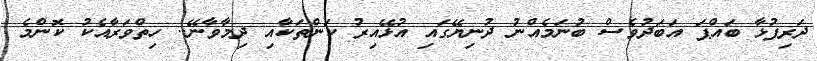
ދަރިފުޅާ ބައްޕަ އަބަދުވެސް ބުނަމެއްނު ދުނިޔޭގައި އުޅޭއިރު ކަންތަކާއި ދިމާވާނޭ.. ހިތްވަރާއެކު ކޮންމެ